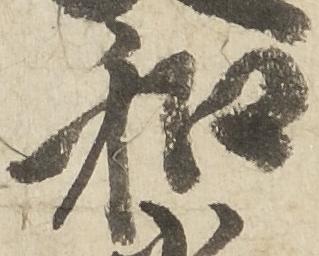
和